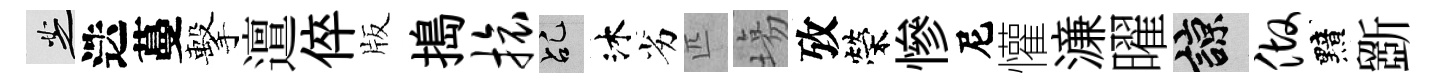
芝迭蔓擊邅倅版搗旅乩沐劣匹塲攷榮慘尼懽濓曜諒做黯斵